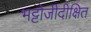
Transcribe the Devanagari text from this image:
भट्टोजीदीक्षित